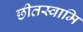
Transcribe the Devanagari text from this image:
छीतस्वामि